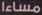
مساءا